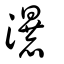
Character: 瀑